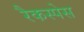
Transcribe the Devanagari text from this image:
रैकस्पेस